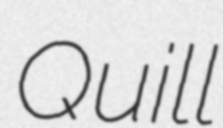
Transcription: Quill